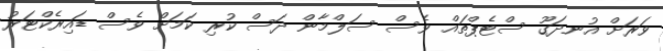
ވަރަށް އުނދަގޫ ސްޓެޕްތައް ވެސް ސަލްމާން ދަސް ކުރި ކަމަށް ވެސް ޑައިރެކްޓަރު